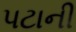
પટાની